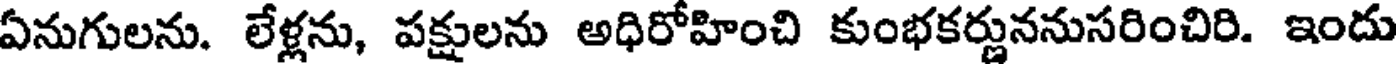
ఏనుగులను. లేళ్లను, పక్షులను అధిరోహించి కుంభకర్ణుననుసరించిరి. ఇందు